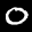
Label: 0